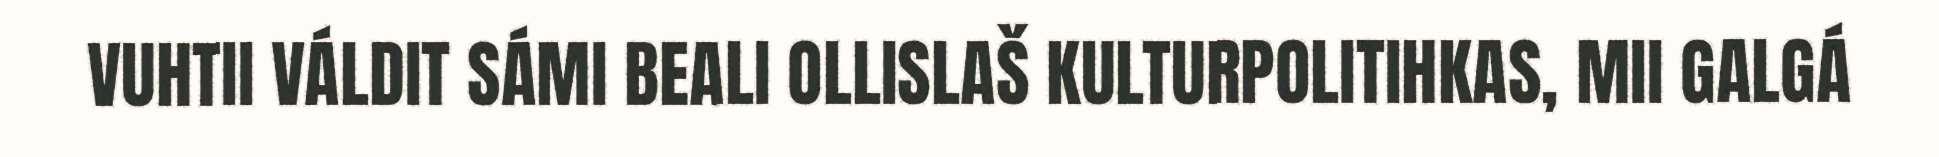
VUHTII VÁLDIT SÁMI BEALI OLLISLAŠ KULTURPOLITIHKAS, MII GALGÁ